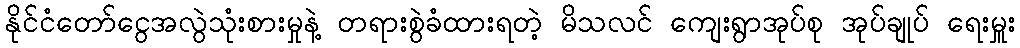
နိုင်ငံတော်ငွေအလွဲသုံးစားမှုနဲ့ တရားစွဲခံထားရတဲ့ မိသလင် ကျေးရွာအုပ်စု အုပ်ချုပ် ရေးမှူး